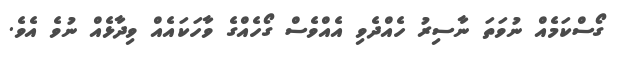
ގޯސްކަމެއް ނުވަތަ ނާސިރު ހެެއްދެވި އެއްވެސް ގޯހެއްގެ ވާހަކައެއް ވިދާޅެއް ނުވެ އެވެ.